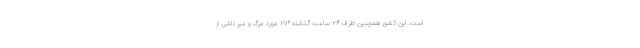
است. این کشور همچنین ظرف ۲۴ ساعت گذشته ۲۷۶ مورد مرگ و میر ناشی از